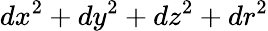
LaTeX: dx^{2}+dy^{2}+dz^{2}+dr^{2}